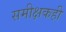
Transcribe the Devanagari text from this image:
समीक्षकही